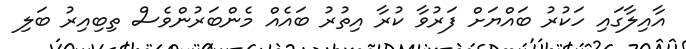
އާއިލާގައި ހަކުރު ބައްޔަށް ފަރުވާ ކުރާ އިތުރު ބައެއް މެންބަރުންވެސް ތިބިއިރު ބަލި